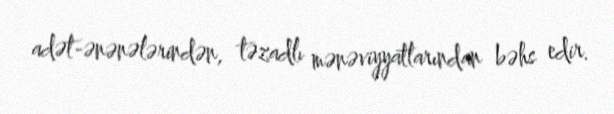
adət-ənənələrindən, təzadlı mənəviyyatlarından bəhs edir.